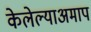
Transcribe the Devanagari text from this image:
केलेल्याअमाप